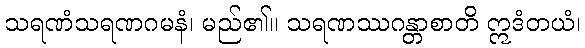
သရဏံသရဏဂမနံ၊ မည်၏။ သရဏဿဂန္တာစာတိ ဣဒံတယံ၊